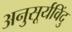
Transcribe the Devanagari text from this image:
अनुसूर्यविंदु